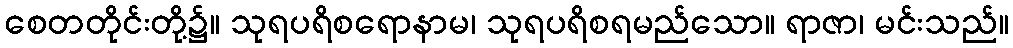
စေတတိုင်းတို့၌။ သုရပရိစရောနာမ၊ သုရပရိစရမည်သော။ ရာဇာ၊ မင်းသည်။